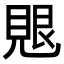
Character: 𮗑